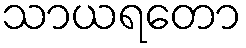
သာယရတော